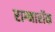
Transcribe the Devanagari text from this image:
राग्नारॉक